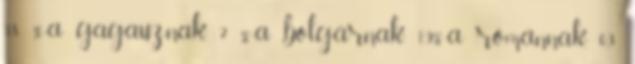
3,8 %-a gagauznak, 2 %-a bolgárnak, 1,9%-a románnak, 0,3